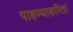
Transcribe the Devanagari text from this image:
पाहण्याकरितां